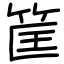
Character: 筐